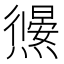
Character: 𭶜